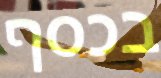
בכסף